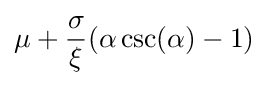
\mu +{\frac {\sigma }{\xi }}(\alpha \csc(\alpha )-1)